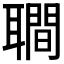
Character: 𦗬